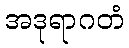
အဒုရာဂတံ